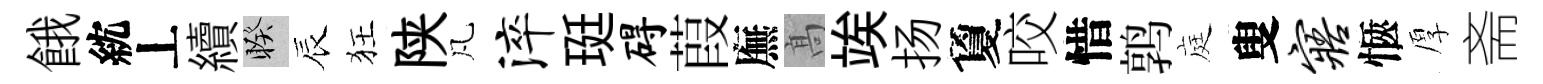
餓紞丄續睽辰狂陕凡淬珽碍葭廡髙竢扬夐咬惜鹑庭叟寤愜厚斋